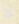
لا